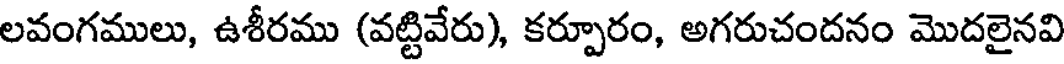
లవంగములు, ఉశీరము (వట్టివేరు), కర్పూరం, అగరుచందనం మొదలైనవి